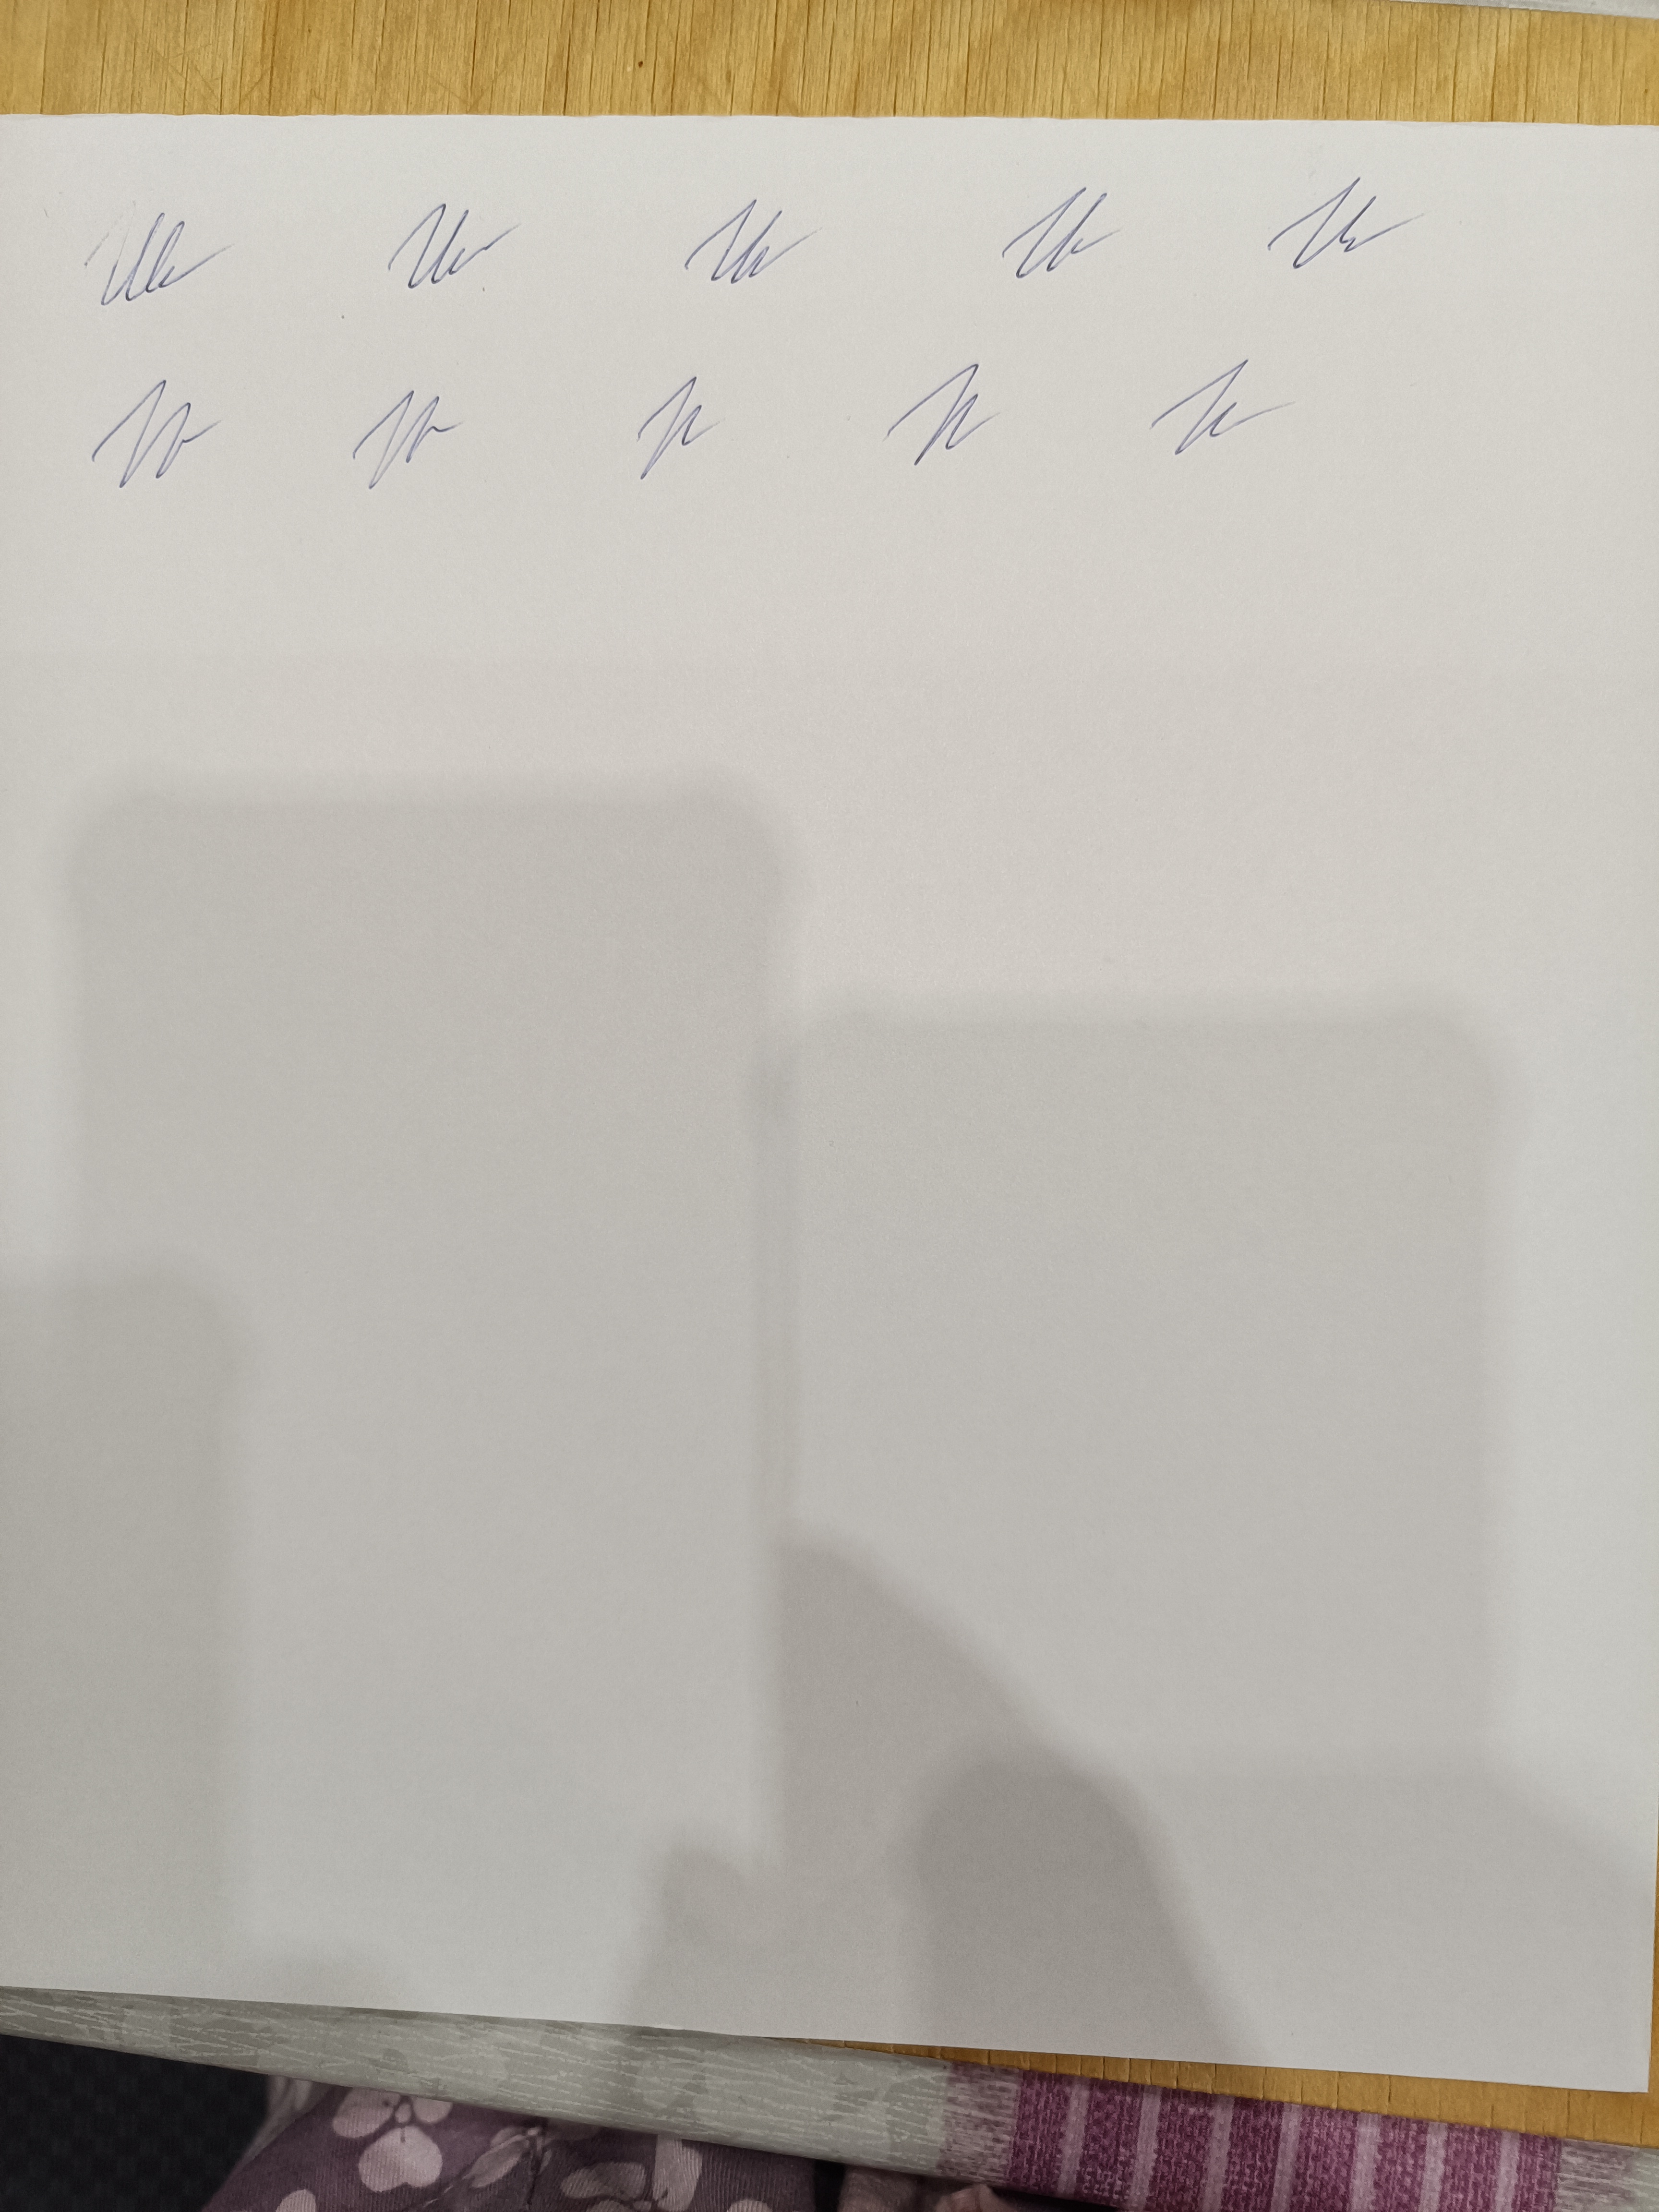
Signature authenticity: genuine